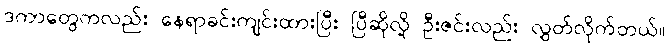
ဒကာတွေကလည်း နေရာခင်းကျင်းထားပြီး ပြီဆိုလို့ ဦးဇင်းလည်း လွှတ်လိုက်တယ်။